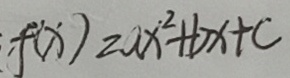
f ( x ) = a x ^ { 2 } + b x + c